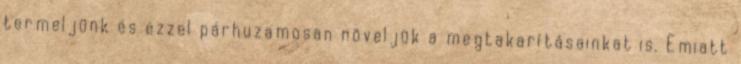
termeljünk és ezzel párhuzamosan növeljük a megtakarításainkat is. Emiatt